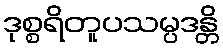
ဒုစ္စရိတူပသမ္ပဒန္တိ